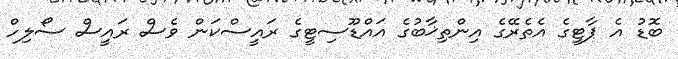
ބޮޑު އެ ޕާޓީގެ އެތެރޭގެ އިންތިޚާބުގެ އައްޑޫސިޓީގެ ރައީސްކަން ވެސް ރައީސް ސޯލިހް